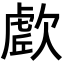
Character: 𭭔